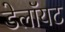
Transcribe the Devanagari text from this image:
डेलॉयट